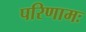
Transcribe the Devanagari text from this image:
परिणामः